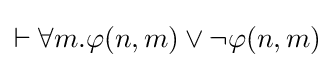
\vdash \forall m.\varphi (n,m)\lor \neg \varphi (n,m)